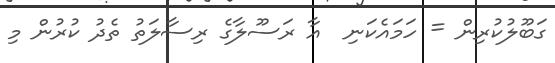
ގަބޫލުކުރިން = ހަމައެކަނި  އާ ރަސޫލާގެ ރިސާލަތު ތެދު ކުރުން މި